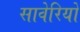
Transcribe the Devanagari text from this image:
सावेरियों